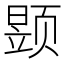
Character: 𮸶